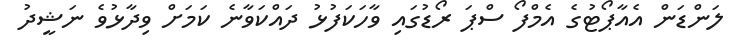
ލަންޑަން އެއާޕޯޓުގެ އެމްފޯ ސްޕަ ރޯޑުގައި ވާހަކަފުޅު ދައްކަވާނެ ކަމަށް ވިދާޅުވެ ނަޝީދު